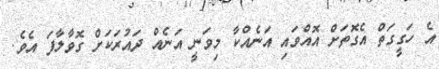
އެ ހަގީގަތް އެގޮތަށް އޮއްވައި އަނެއްކާ މިވަނީ އަނެއް ދައުރަކަށް ގޮވާލާފަ އެވެ.